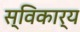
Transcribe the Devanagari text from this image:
स्विकार्य